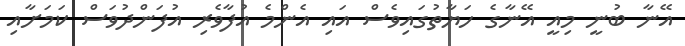
އޭނާ ބުނީ މިއީ އޭނާގެ ހަޔާތުގައިވެސް އައި އެންމެ އުފާވެރި އުފަންދުވަސް ކަމަށާއި